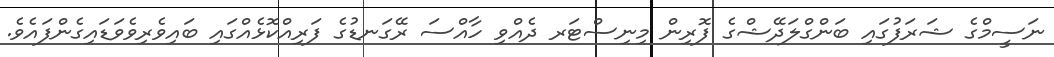
ނަސީމްގެ ޝަރަފުގައި ބަންގްލަދޭޝްގެ ފޮރިން މިނިސްޓަރ ދެއްވި ހާއްސަ ރޭގަނޑުގެ ފަރިއްކޮޅެއްގައި ބައިވެރިވެވަޑައިގެންފައެވެ.